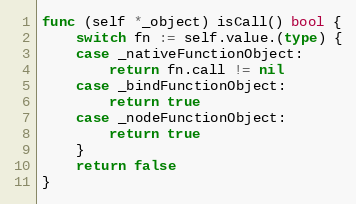
Language: Go
func (self *_object) isCall() bool {
	switch fn := self.value.(type) {
	case _nativeFunctionObject:
		return fn.call != nil
	case _bindFunctionObject:
		return true
	case _nodeFunctionObject:
		return true
	}
	return false
}